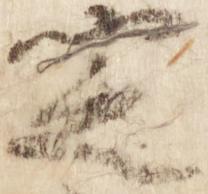
定